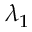
\lambda _ { 1 }